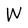
Character: W